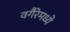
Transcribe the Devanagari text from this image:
वगैरेमध्ये